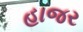
હાજર